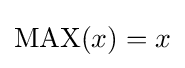
\operatorname {MAX} ({x})=x